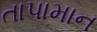
તાપામાન